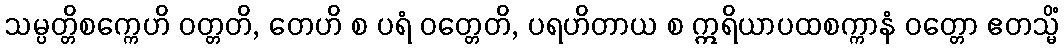
သမ္ပတ္တိစက္ကေဟိ ဝတ္တတိ, တေဟိ စ ပရံ ဝတ္တေတိ, ပရဟိတာယ စ ဣရိယာပထစက္ကာနံ ဝတ္တော ဧတသ္မိံ